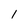
Character: 1